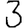
Digit: 3